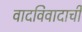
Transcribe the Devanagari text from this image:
वादविवादाची